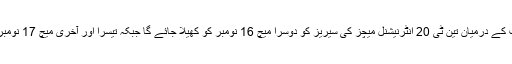
افغانستان اور بھارت کے درمیان تین ٹی 20 انٹرنیشنل میچز کی سیریز کو دوسرا میچ 16 نومبر کو کھیلا جائے گا جبکہ تیسرا اور آخری میچ 17 نومبر کو کھیلا جائے گا۔